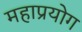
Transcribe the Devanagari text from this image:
महाप्रयोग